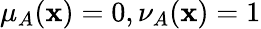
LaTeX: \mu_{A}(\mathbf{x})=0,\nu_{A}(\mathbf{x})=1